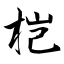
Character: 桤